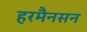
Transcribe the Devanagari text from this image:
हरमैनसन